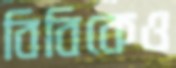
বিবিকেও